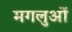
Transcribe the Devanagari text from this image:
मगलुओं